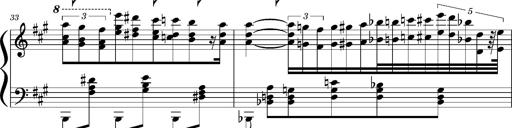
Title: Concerto sans orchestre, S.524a
Composer: Franz Liszt
Key: A major